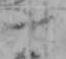
十